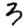
Digit: 3